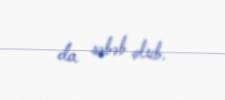
da səbəb olub.